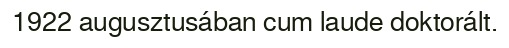
1922 augusztusában cum laude doktorált.